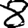
Digit: 8